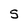
Character: s